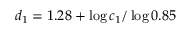
d _ { 1 } = 1 . 2 8 + \log c _ { 1 } / \log 0 . 8 5